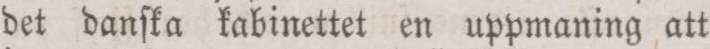
det danſka kabinettet en uppmaning att